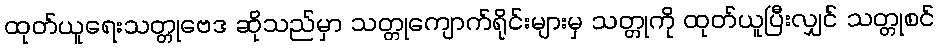
ထုတ်ယူရေးသတ္တုဗေဒ ဆိုသည်မှာ သတ္တုကျောက်ရိုင်းများမှ သတ္တုကို ထုတ်ယူပြီးလျှင် သတ္တုစင်